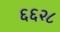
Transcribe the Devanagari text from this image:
६६२८